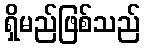
ရှိမည်ဖြစ်သည်